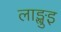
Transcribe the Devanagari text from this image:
लाङ्खुइ